38_143685_box7_Incident_Summaries_1-100
Agency: Department of War
Page 171
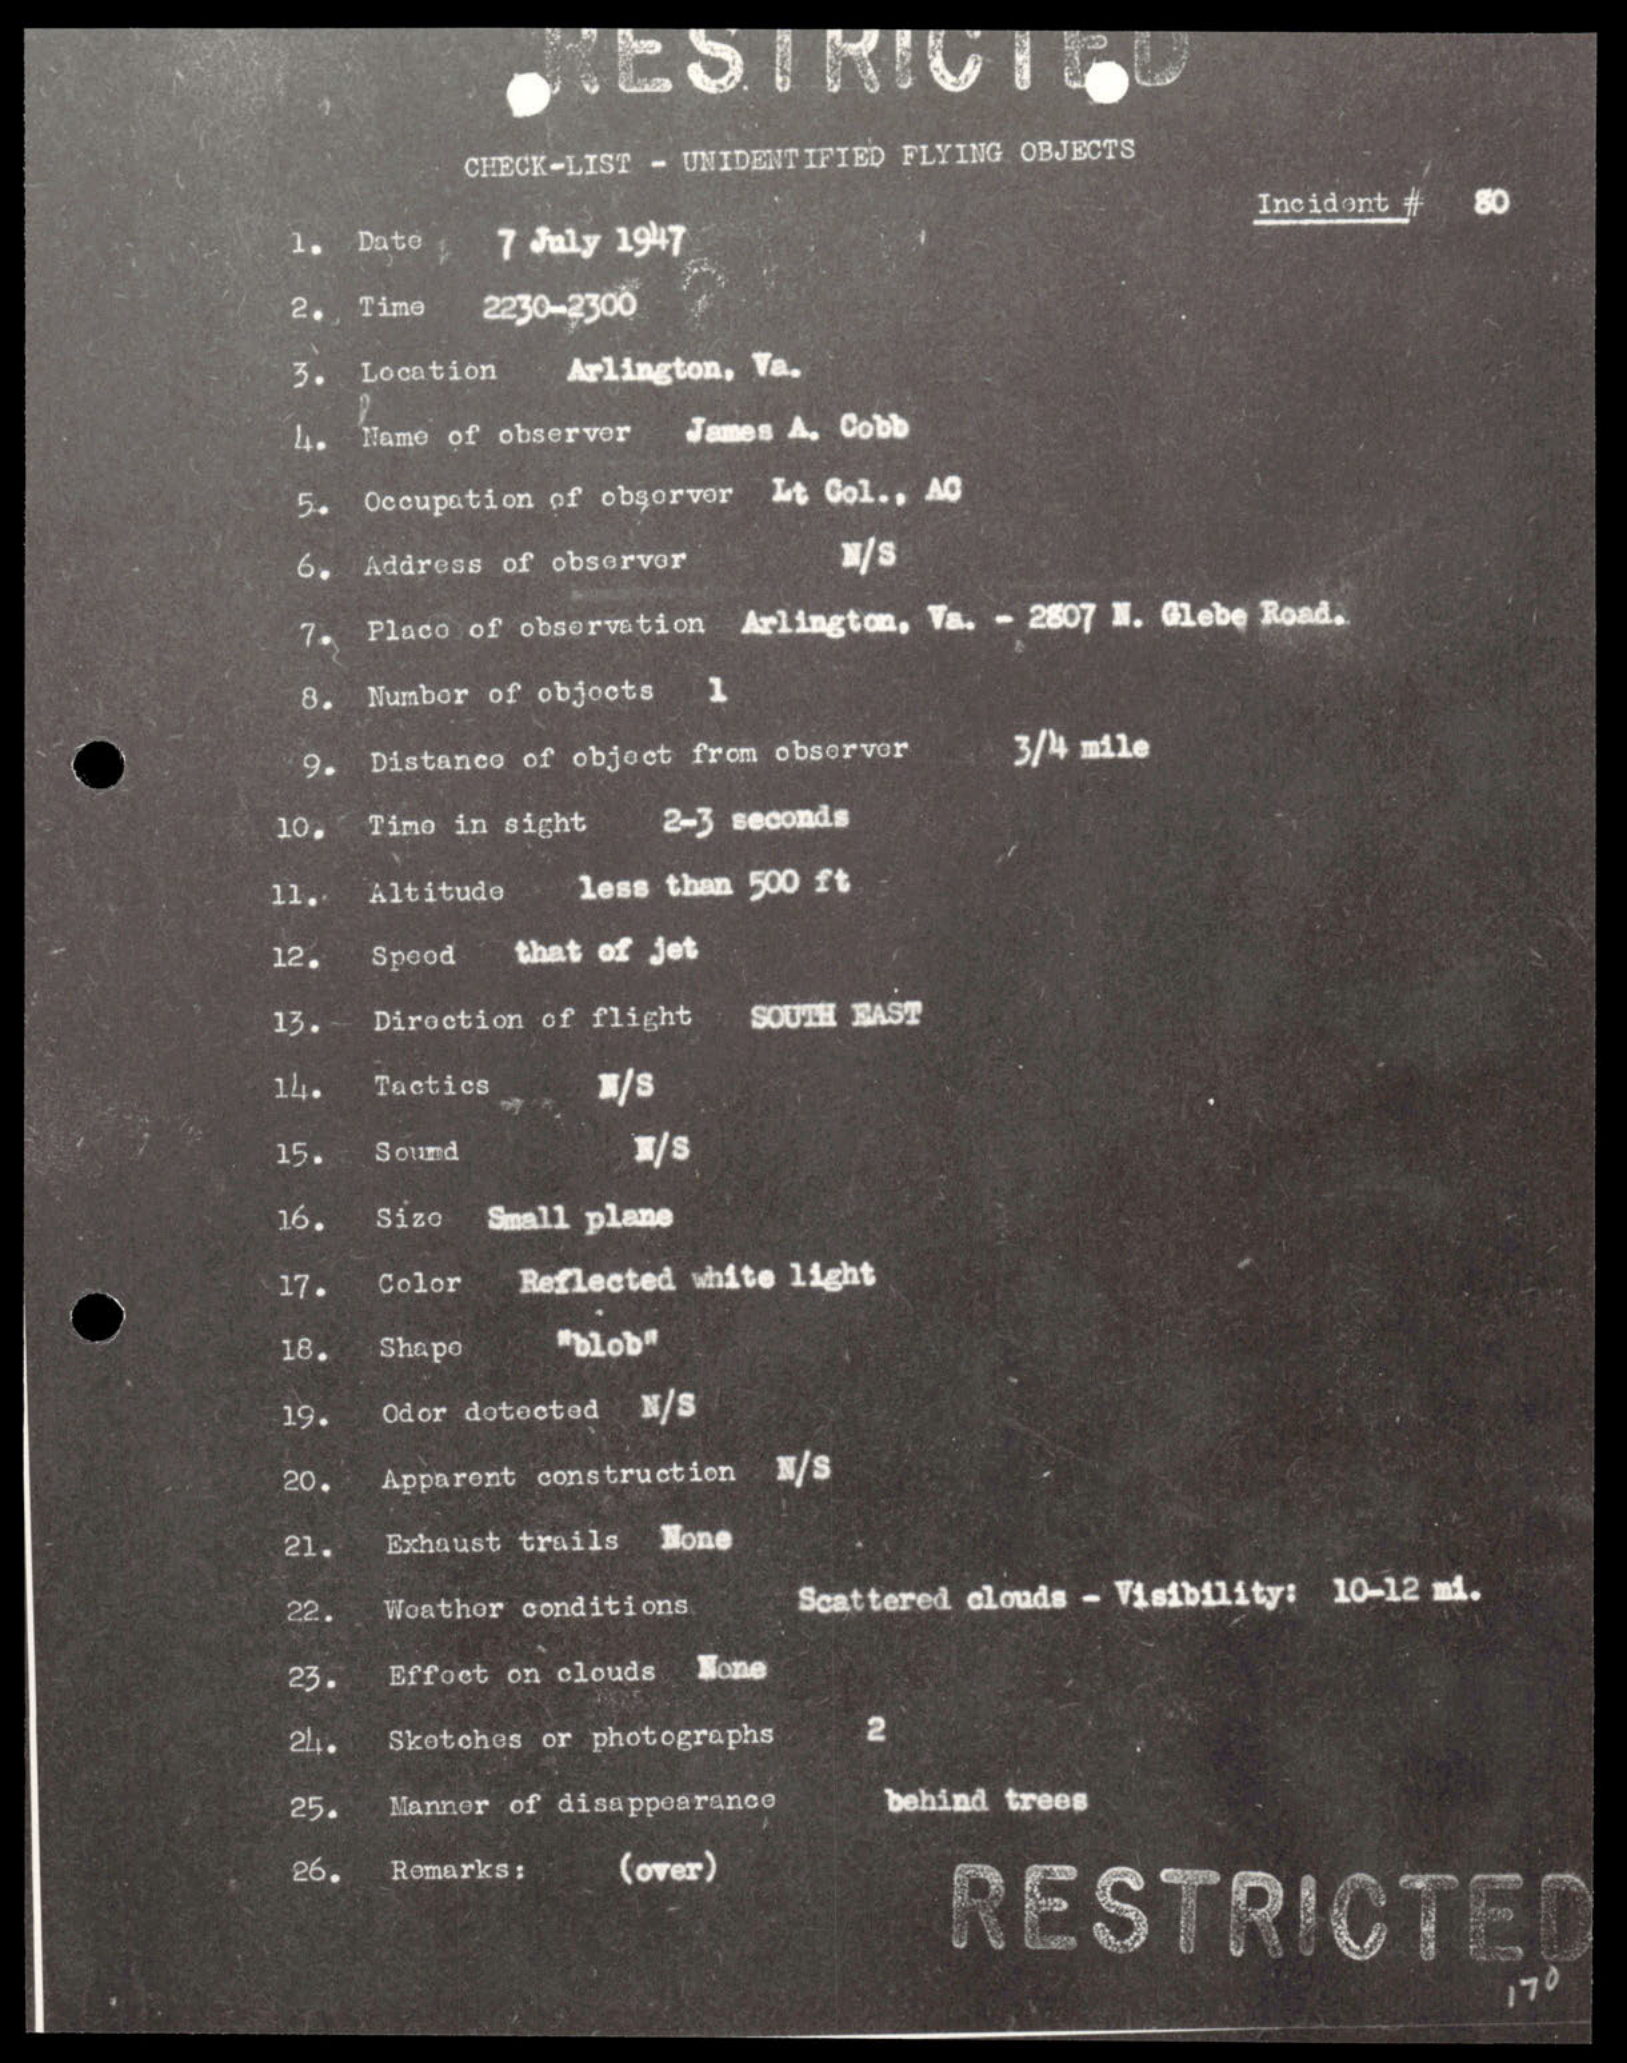